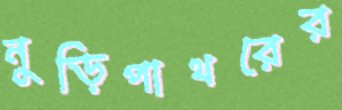
নুড়িপাথরের